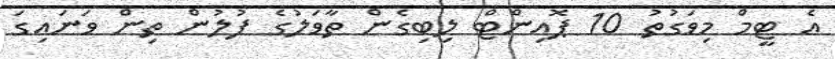
އެ ޓީމް މިވަގުތު 10 ޕޮއިންޓް ލިބިގެން ތާވަލުގެ ފުލުން ތިން ވަނައިގަ